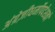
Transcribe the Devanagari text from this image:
अंग्रेज़ीधर्मोपदेशकों